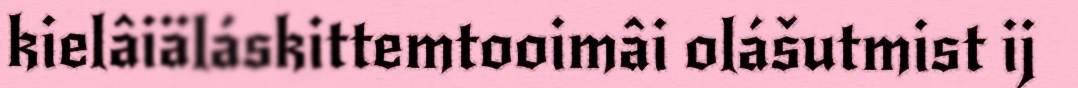
kielâiäláskittemtooimâi olášutmist ij